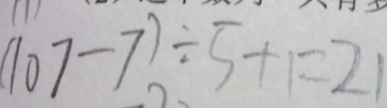
( 1 0 7 - 7 ) \div 5 + 1 = 2 1